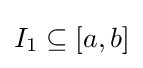
I_{1}\subseteq [a,b]